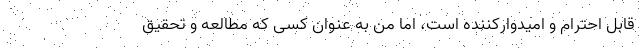
قابل احترام و امیدوارکننده است، اما من به عنوان کسی که مطالعه و تحقیق